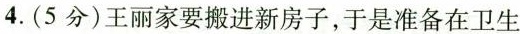
4.(5分)王丽家要搬进新房子，于是准备在卫生